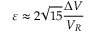
\varepsilon \approx 2 \sqrt { 1 5 } \frac { \Delta V } { V _ { R } }